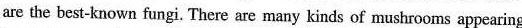
are the best-known fungi. There are many kinds of mushrooms appearing